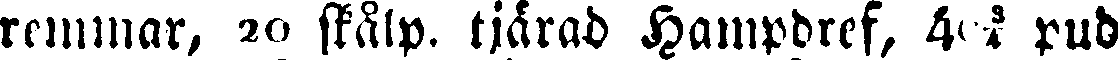
remmar, 20 skålp. tjärad hampbref, 4 ¾ pub